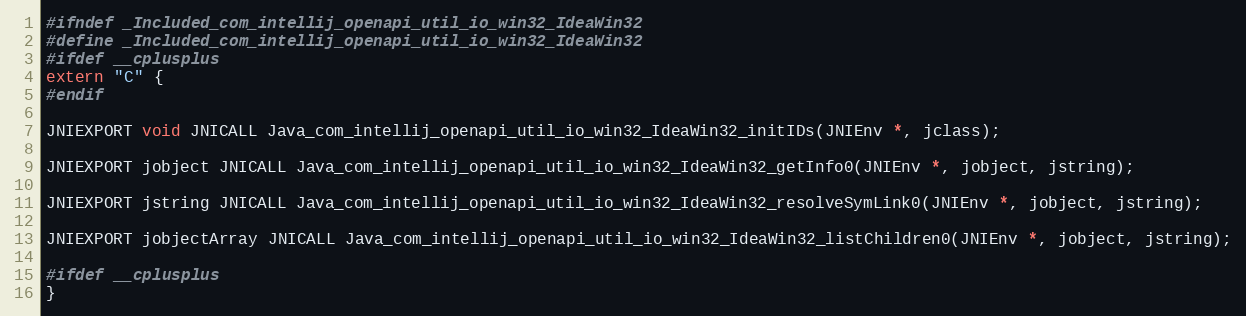
Language: C
#ifndef _Included_com_intellij_openapi_util_io_win32_IdeaWin32
#define _Included_com_intellij_openapi_util_io_win32_IdeaWin32
#ifdef __cplusplus
extern "C" {
#endif

JNIEXPORT void JNICALL Java_com_intellij_openapi_util_io_win32_IdeaWin32_initIDs(JNIEnv *, jclass);

JNIEXPORT jobject JNICALL Java_com_intellij_openapi_util_io_win32_IdeaWin32_getInfo0(JNIEnv *, jobject, jstring);

JNIEXPORT jstring JNICALL Java_com_intellij_openapi_util_io_win32_IdeaWin32_resolveSymLink0(JNIEnv *, jobject, jstring);

JNIEXPORT jobjectArray JNICALL Java_com_intellij_openapi_util_io_win32_IdeaWin32_listChildren0(JNIEnv *, jobject, jstring);

#ifdef __cplusplus
}